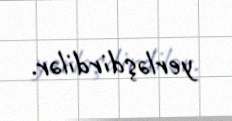
yerləşdirdilər.